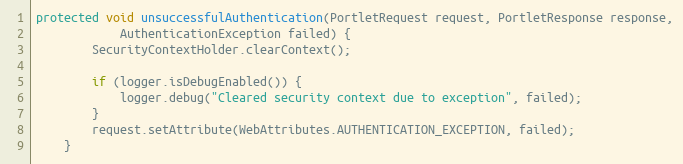
Language: Java
protected void unsuccessfulAuthentication(PortletRequest request, PortletResponse response,
            AuthenticationException failed) {
        SecurityContextHolder.clearContext();

        if (logger.isDebugEnabled()) {
            logger.debug("Cleared security context due to exception", failed);
        }
        request.setAttribute(WebAttributes.AUTHENTICATION_EXCEPTION, failed);
    }